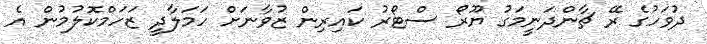
ދުވަހުގެ ރޭ ޗާންދަނީމަގު ޔޫރޯ ސްޓޯރު ކައިރިން ޒުވާނަށް ހަމަލާދީ ޒަހަމްކޮލުމުން އެ